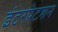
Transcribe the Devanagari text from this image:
इंटरप्रेटशन